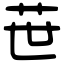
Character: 𦭓